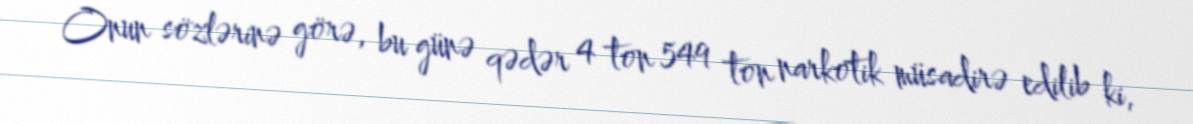
Onun sözlərinə görə, bu günə qədər 4 ton 549 ton narkotik müsadirə edilib ki,